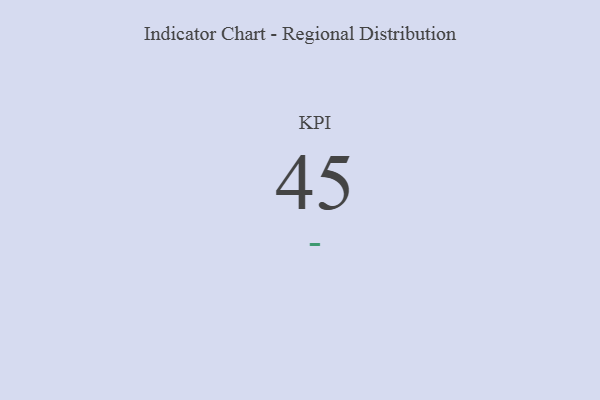
{"axis": {"x": "KPI", "y": "Value"}, "legend": [""], "data": [{"x": "KPI", "y": 45, "type": ""}]}